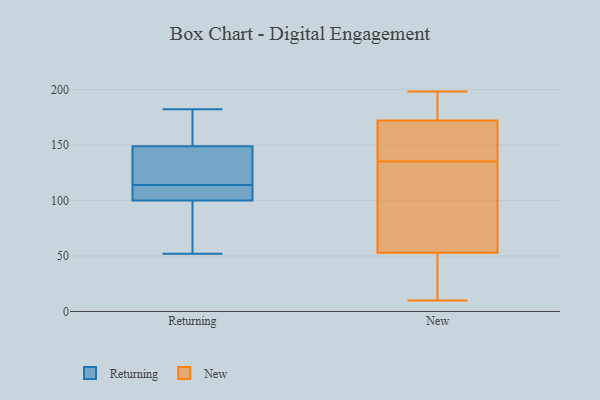
{"axis": {"x": "Page Views", "y": "Value"}, "legend": ["New", "Returning"], "data": [{"x": "", "y": 52, "type": "Returning"}, {"x": "", "y": 163, "type": "Returning"}, {"x": "", "y": 143, "type": "Returning"}, {"x": "", "y": 116, "type": "Returning"}, {"x": "", "y": 105, "type": "Returning"}, {"x": "", "y": 109, "type": "Returning"}, {"x": "", "y": 100, "type": "Returning"}, {"x": "", "y": 182, "type": "Returning"}, {"x": "", "y": 157, "type": "Returning"}, {"x": "", "y": 146, "type": "Returning"}, {"x": "", "y": 100, "type": "Returning"}, {"x": "", "y": 114, "type": "Returning"}, {"x": "", "y": 79, "type": "Returning"}, {"x": "", "y": 149, "type": "New"}, {"x": "", "y": 85, "type": "New"}, {"x": "", "y": 172, "type": "New"}, {"x": "", "y": 59, "type": "New"}, {"x": "", "y": 36, "type": "New"}, {"x": "", "y": 82, "type": "New"}, {"x": "", "y": 53, "type": "New"}, {"x": "", "y": 169, "type": "New"}, {"x": "", "y": 49, "type": "New"}, {"x": "", "y": 146, "type": "New"}, {"x": "", "y": 198, "type": "New"}, {"x": "", "y": 137, "type": "New"}, {"x": "", "y": 133, "type": "New"}, {"x": "", "y": 192, "type": "New"}, {"x": "", "y": 191, "type": "New"}, {"x": "", "y": 51, "type": "New"}, {"x": "", "y": 192, "type": "New"}, {"x": "", "y": 10, "type": "New"}]}